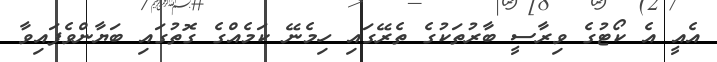
އެއީ އެ ކޯޓުގެ ވިރާސީ ބާރުތަކުގެ ތެރޭގައި ހިމެނޭ ކަމެއްގެ ގޮތުގައި ބަޔާންވެފައިވާ